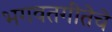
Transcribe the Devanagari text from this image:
भगवतगीतेचे